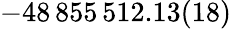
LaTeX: -48\, 855\, 512.13(18)